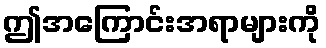
ဤအကြောင်းအရာများကို